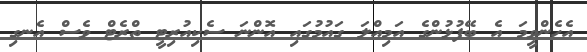
އެހެންވީމަ އެ ބޭފުޅުންގެ އަމިއްލަ ގައުމުގައި އޮންނަ ސެކިއުރިޓީ ތްރެޓް ވެސް އެނގި